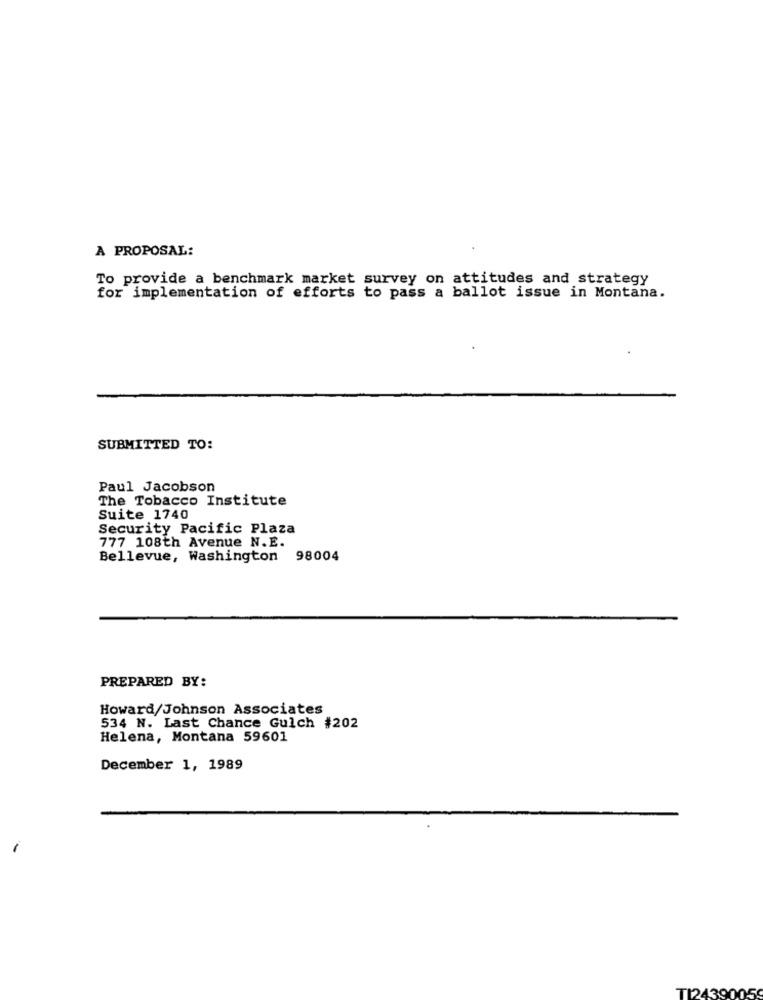
A PROPOSAL:
To provide a benchmark market survey on attitudes and strategy
for implementation of efforts to pass a ballot issue in Montana.
SUBMITTED TO:
Paul Jacobson
The Tobacco Institute
Suite 1740
Security Pacific Plaza
777 108th Avenue N.E.
Bellevue, Washington 98004
PREPARED BY:
Howard/Johnson Associates
534 N. Last Chance Gulch #202
Helena, Montana 59601
December 1, 1989
T124390059